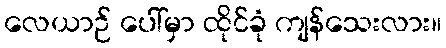
လေယာဉ် ပေါ်မှာ ထိုင်ခုံ ကျန်သေးလား။